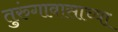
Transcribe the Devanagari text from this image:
तुरुंगावासाच्या